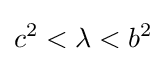
c^{2}<\lambda <b^{2}